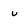
Character: u